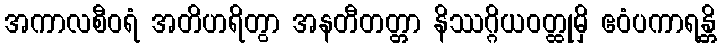
အကာလစီဝရံ အတိဟရိတွာ အနတီတတ္တာ နိဿဂ္ဂိယဝတ္ထုမှိ ဧဝံပကာရန္တိ